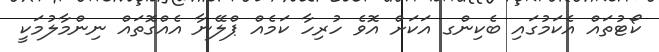
ކޯޓުތައް އެކަމުގައި ބެކިންގ އަކަށް އޮވެ ހުރިހާ ކަމެއް ޕްލޭނާ އެއްގޮތައް ނިންމާލުމަކީ